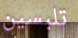
تلبسين